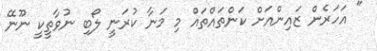
" އަހަރެން ޒައިންއަށް ކަންތައްތައް މި މަނާ ކުރަނީ ލޯބި ނުވާތީކީ ނޫނޭ